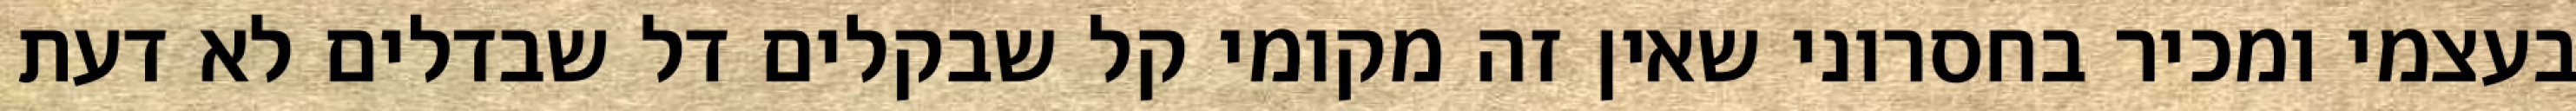
בעצמי ומכיר בחסרוני שאין זה מקומי קל שבקלים דל שבדלים לא דעת